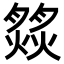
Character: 𦠹